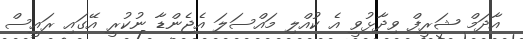
އާދަމް ޝަރީފް ވިދާޅުވީ އެ ކުއްލި މައްސަލަ އެޖެންޑާ ނުކުރީ އޭގައި ރައީސް